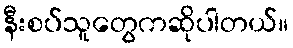
နီးစပ်သူတွေကဆိုပါတယ်။